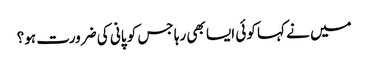
میں نے کہا کوئی ایسا بھی رہا جس کو پانی کی ضرورت ہو؟